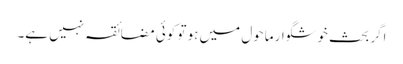
اگر بحث خوشگوار ماحول میں ہو تو کوئی مضائقہ نہیں ہے۔